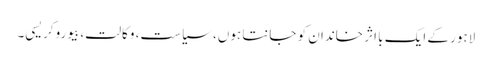
لاہور کے ایک با اثر خاندان کو جانتا ہوں، سیاست، وکالت، بیوروکریسی۔